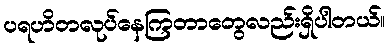
ပရဟိတလုပ်နေကြတာတွေလည်းရှိပါတယ်။